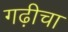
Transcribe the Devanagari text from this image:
गढ़ीचा